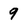
Character: 9